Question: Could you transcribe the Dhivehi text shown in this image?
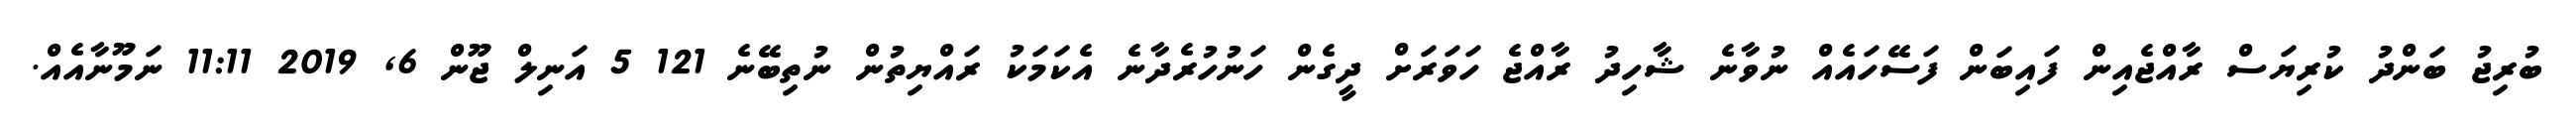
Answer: ބުރިޖު ބަންދު ކުރިޔަސް ރާއްޖެއިން ފައިބަން ފަސޭހައެއް ނުވާނެ ޝާހިދު ރާއްޖެ ހަވަރަށް ދީގެން ހަނުހުރެދާނެ އެކަމަކު ރައްޔިތުން ނުތިބޭނެ 121 5 އަނިލް ޖޫން 6, 2019 11:11 ނަމޫނާއެއް.